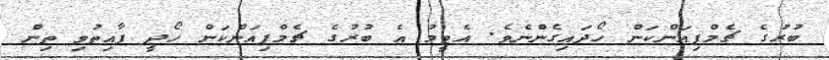
ބުރުގެ ޗެމްޕިއަންކަން ހޯދައިގެންނެވެ. އެޓީމު އެ ބުރުގެ ޗެމްޕިއަންކަން ހޯދީ ފާއިތުވި ތިން